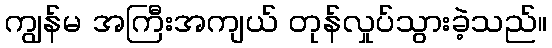
ကျွန်မ အကြီးအကျယ် တုန်လှုပ်သွားခဲ့သည်။